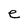
Character: e